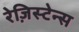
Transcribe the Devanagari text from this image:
रेज़िस्टेन्स